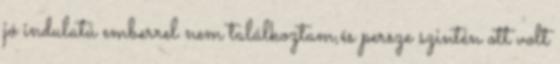
jó indulatú emberrel nem találkoztam,és persze szintén ott volt